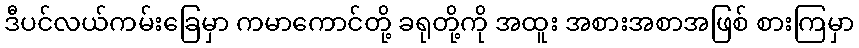
ဒီပင်လယ်ကမ်းခြေမှာ ကမာကောင်တို့ ခရုတို့ကို အထူး အစားအစာအဖြစ် စားကြမှာ